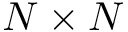
N \times N